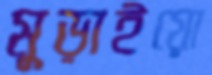
মুড়াইয়ো